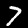
Digit: 7